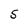
Character: 5